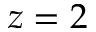
z = 2